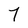
Character: 7